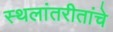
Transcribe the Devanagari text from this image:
स्थलांतरीतांचे